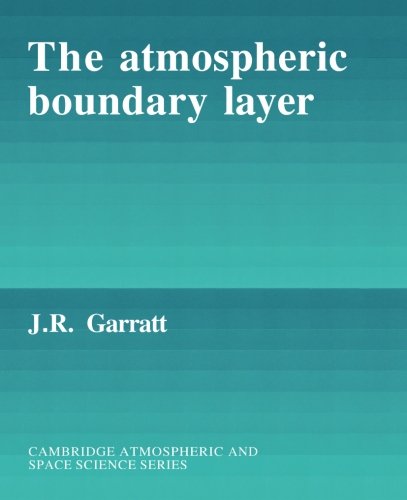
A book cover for The Atmospheric Boundary Layer (Cambridge Atmospheric and Space Science Series); J. R. Garratt; Science & Math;